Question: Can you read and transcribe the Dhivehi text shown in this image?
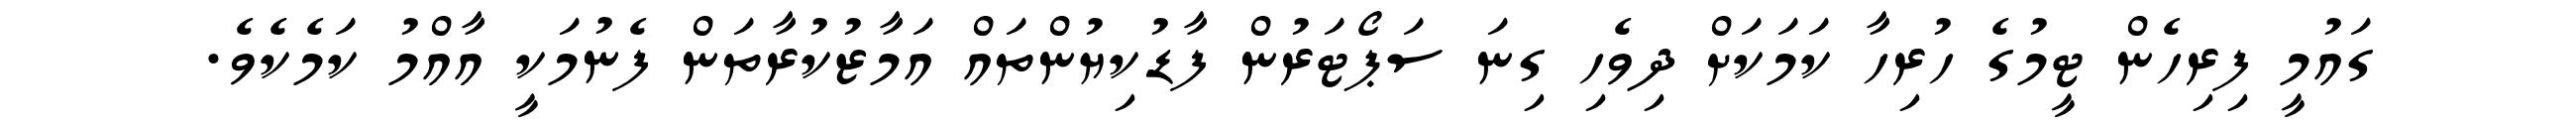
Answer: ގައުމީ ފިރިހެން ޓީމުގެ ހުރިހާ ކަމަކަށް ދިވެހި ގިނަ ސަޕޯޓަރުން ފާޑުކިޔުންތައް އަމާޒުކުރާތަން ފެނުމަކީ އާއްމު ކަމެކެވެ.